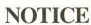
NOTICE